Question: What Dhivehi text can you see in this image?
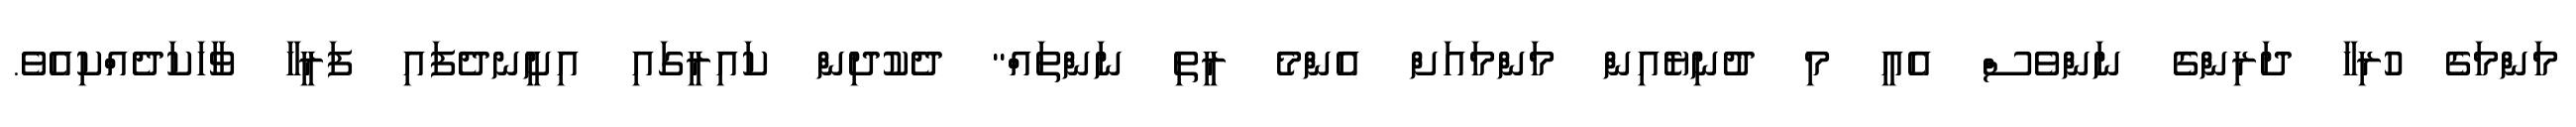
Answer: މަންމަގެ ހުރިހާ ދަރިންގެ ނަންވެސް އެއީ މި ދުނިޔެއިން މަންމައަށް އެންމެ ރީތި ނަންތައް" ދެކުދިން ކައިރީގައި އިށީނދެފައި ފަރީހާ ވާހަކަދެއްކިއެވެ.